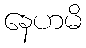
နေဟမိ